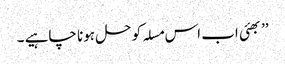
’’ بھئی اب اس مسلہ کو حل ہونا چاہیے ۔